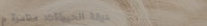
حديقة الحيوانات: مغامرة م